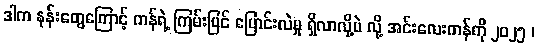
ဒါက နုန်းတွေကြောင့် ကန်ရဲ့ ကြမ်းပြင် ပြောင်းလဲမှု ရှိလာလို့ပဲ လို့ အင်းလေးကန်ကို ၂၀၂၅ ၊